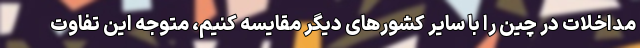
مداخلات در چین را با سایر کشورهای دیگر مقایسه کنیم، متوجه این تفاوت